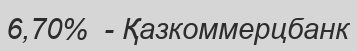
6,70%  - Қазкоммерцбанк